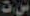
ست